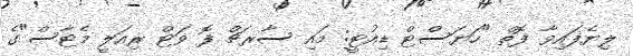
ލިޔެފައިވާ ފޮތް "ހަޔަސްޓް ޑިއުޓީ: މައި ސާރޗް ފޮ ވަޓް ރިއަލީ މެޓާސް"ގެ